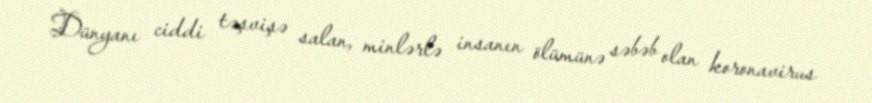
Dünyanı ciddi təşvişə salan, minlərlə insanın ölümünə səbəb olan koronavirus